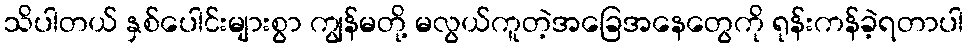
သိပါတယ် နှစ်ပေါင်းများစွာ ကျွန်မတို့ မလွယ်ကူတဲ့အခြေအနေတွေကို ရုန်းကန်ခဲ့ရတာပါ